Lunatic asylums Punjab 1868-1880 - 1868-1880
Year: 1868
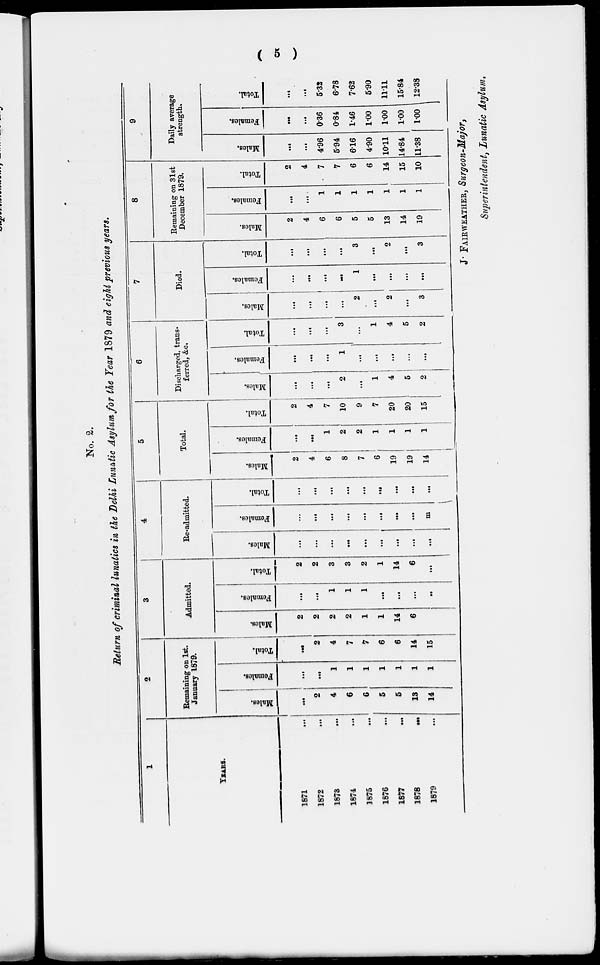
( 5 )
No. 2.
Return of criminal lunatics in the Delhi Lunatic Asylum for the Year 1879 and eight previous years.
1
YEARS.
1871 ...
1872 ...
1873 ...
1874 ...
1875 ...
1876 ...
1877 ...
1878
...
1879 ...
2
Remaining on 1st.
January 1879.
Males.
...
2
4
6
6
5
5
13
14
Females.
...
...
1
1
1
1
1
1
1
Total.
...
2
4
7
7
6
6
14
15
3
Admitted.
Males.
2
2
2
2
1
1
14
6
Females.
...
...
1
1
1
...
...
...
...
Total.
2
2
3
3
2
1
14
6
...
4
Re-admitted.
Males.
...
...
...
...
...
...
...
...
...
Females.
...
...
...
...
...
...
...
...
...
Total.
...
...
...
...
...
...
...
...
...
5
Total.
Males.
2
4
6
8
7
6
19
19
14
Females.
...
...
1
2
2
1
1
1
1
Total.
2
4
7
10
9
7
20
20
15
6
Discharged, trans-
ferred, &c.
Males.
...
...
...
2
...
1
4
5
2
Females.
...
...
...
1
...
...
...
...
...
Total.
...
...
...
3
...
1
4
5
2
7
Died.
Males.
...
...
...
...
2
...
2
...
3
Females.
...
...
...
1
...
...
...
...
Total.
...
...
...
...
3
...
2
...
3
8
Remaining on 31st
December 1879.
Males.
2
4
6
6
5
5
13
14
19
Females.
...
...
...
...
...
...
...
...
...
Total.
2
4
7
7
6
6
14
15
10
9
Daily average
strength.
Males.
...
...
4.96
5.94
6.16
4.90
10.11
14.84
11.38
Females.
...
...
036
0.84
1.46
1.00
1.00
1.00
1.00
Total.
...
...
5.32
6.78
7.62
5.90
11.11
15.84
12.38
J. FAIRWEATHER, Surgeon-Major,
Superintendent, Lunatic Asylum.